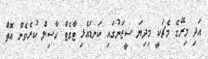
އަދި މިރޭގެ މެޗަކީ މިދިޔަ ސީޒަނުގައި ކަނޑައެޅި ޓާގެޓް ހާސިލް ކުރެވެން އޮތް